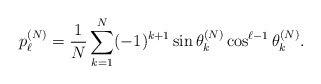
\begin{align*}p_{\ell}^{(N)} = \frac{1}{N} \sum_{k=1}^{N} (-1)^{k+1} \sin \theta_{k}^{(N)} \cos^{\ell -1} \theta_{k}^{(N)}.\end{align*}